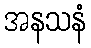
အနသနံ